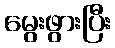
မွေးဖွားပြီး